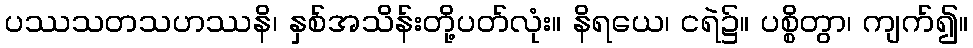
ပဿသတသဟဿနိ၊ နှစ်အသိန်းတို့ပတ်လုံး။ နိရယေ၊ ငရဲ၌။ ပစ္စိတွာ၊ ကျက်၍။